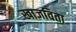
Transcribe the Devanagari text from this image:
खाजविता